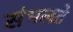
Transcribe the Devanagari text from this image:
संभलते